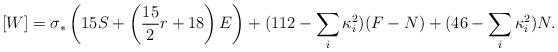
LaTeX: \begin{align*}[W]=\sigma_*\left(15S+\left({15\over 2}r + 18\right) E\right)+(112-\sum_i\kappa_i^2)(F-N) +(46-\sum_i\kappa_i^2)N.\end{align*}